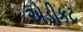
એડીકટ